Lunatic asylums Punjab 1881-1894 - 1881-1894
Year: 1881
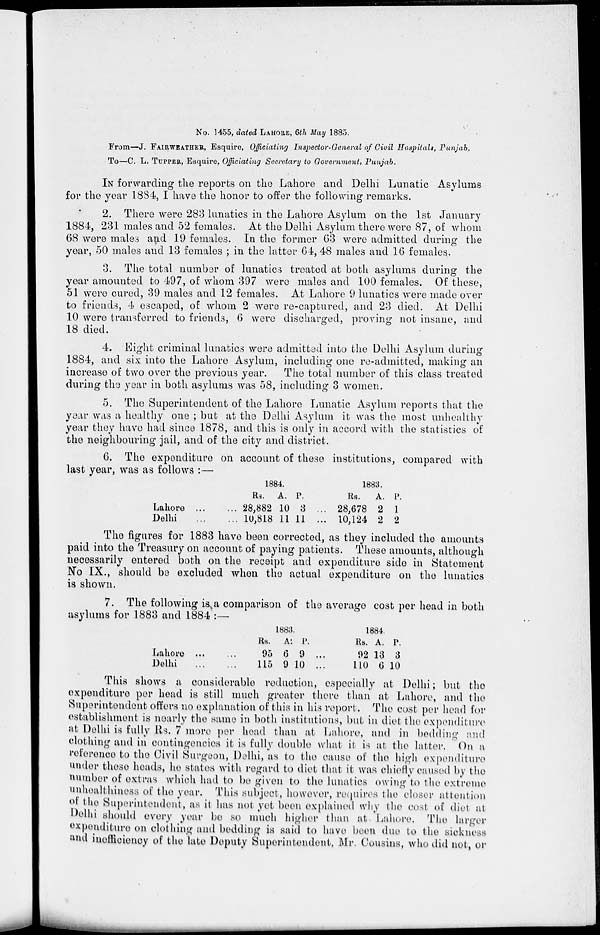
No. 1455, dated LAHORE, 6th May 1885.
From—J. FAIRWEATHER, Esquire, Officiating Inspector-General of Civil Hospitals, Punjab,
To—C. L. TUPPER, Esquire, Officiating Secretary to Government, Punjab.
IN forwarding the reports on the Lahore and Delhi Lunatic Asylums
for the year 1884, I have the honor to offer the following remarks.
2. There were 283 lunatics in the Lahore Asylum on the 1st January
1884, 231 males and 52 females. At the Delhi Asylum there were 87, of whom
68 were males and 19 females. In the former 63 were admitted during the
year, 50 males and 13 females ; in the latter 64, 48 males and 16 females.
3. The total number of lunatics treated at both asylums during the
year amounted to 497, of whom 397 were males and 100 females. Of these,
51 were cured, 39 males and 12 females. At Lahore 9 lunatics were made over
to friends, 4 escaped, of whom 2 were re-captured, and 23 died. At Delhi
10 were transferred to friends, 6 were discharged, proving not insane, and
18 died.
4. Eight criminal lunatics were admitted into the Delhi Asylum during
1884, and six into the Lahore Asylum, including one re-admitted, making an
increase of two over the previous year.
The total number of this class treated
during the year in both asylums was 58, including 3 women.
5. The Superintendent of the Lahore Lunatic Asylum reports that the
year was a healthy one ; but at the Delhi Asylum it was the most unhealthy
year they have had since 1878, and this is only in accord with the statistics of
the neighbouring jail, and of the city and district.
6. The expenditure on account of these institutions, compared with
last year, was as follows :—
Lahore ... ...
Delhi
...
...
1884.
Rs.
28,882
10,818
A.
10
11
P.
3
11
...
...
1883.
Rs.
28,678
10,124
A.
2
2
P.
1
2
The figures for 1883 have been corrected, as they included the amounts
paid into the Treasury on account of paying patients. These amounts, although
necessarily entered both on the receipt and expenditure side in Statement
No IX., should be excluded when the actual expenditure on the lunatics
is shown.
7. The following is a comparison of the average cost per head in both
asylums for 1883 and 1884 :—
Lahore ... ...
Delhi ... ...
1883.
Rs.
95
115
A.
6
9
P.
9
10
...
...
1884.
Rs.
92
110
A.
13
6
P.
3
10
This shows a considerable reduction, especially at Delhi; but the
expenditure per head is still much greater there than at Lahore, and the
Superintendent offers no explanation of this in his report. The cost per head for
establishment is nearly the same in both institutions, but in diet the expenditure
at Delhi is fully Rs. 7 more per head than at Lahore, and in bedding and
clothing and in contingencies it is fully double what it is at the latter. On a
reference to the Civil Surgeon, Delhi, as to the cause of the high expenditure
under these heads, he states with regard to diet that it was chiefly caused by the
number of extras which had to be given to the lunatics owing to the extreme
unhealthiness of the year. This subject, however, requires the closer attention
of the Superintendent, as it has not yet been explained why the cost of diet at
Delhi should every year be so much higher than at Lahore. The larger
expenditure on clothing and bedding is said to have been due to the sickness
and inefficiency of the late Deputy Superintendent, Mr. Cousins, who did not, or